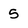
Character: 5